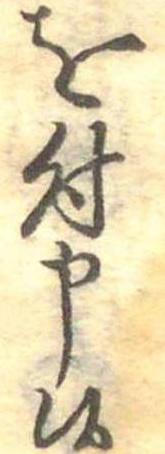
を付申候